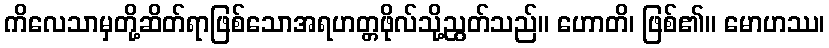
ကိလေသာမှတို့ဆိတ်ရာဖြစ်သောအရဟတ္တဖိုလ်သို့ညွတ်သည်။ ဟောတိ၊ ဖြစ်၏။ မောဟဿ၊